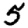
Digit: 5